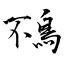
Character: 鴀